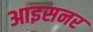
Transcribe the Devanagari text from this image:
आइसनर